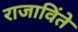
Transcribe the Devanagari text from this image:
राजाविंते